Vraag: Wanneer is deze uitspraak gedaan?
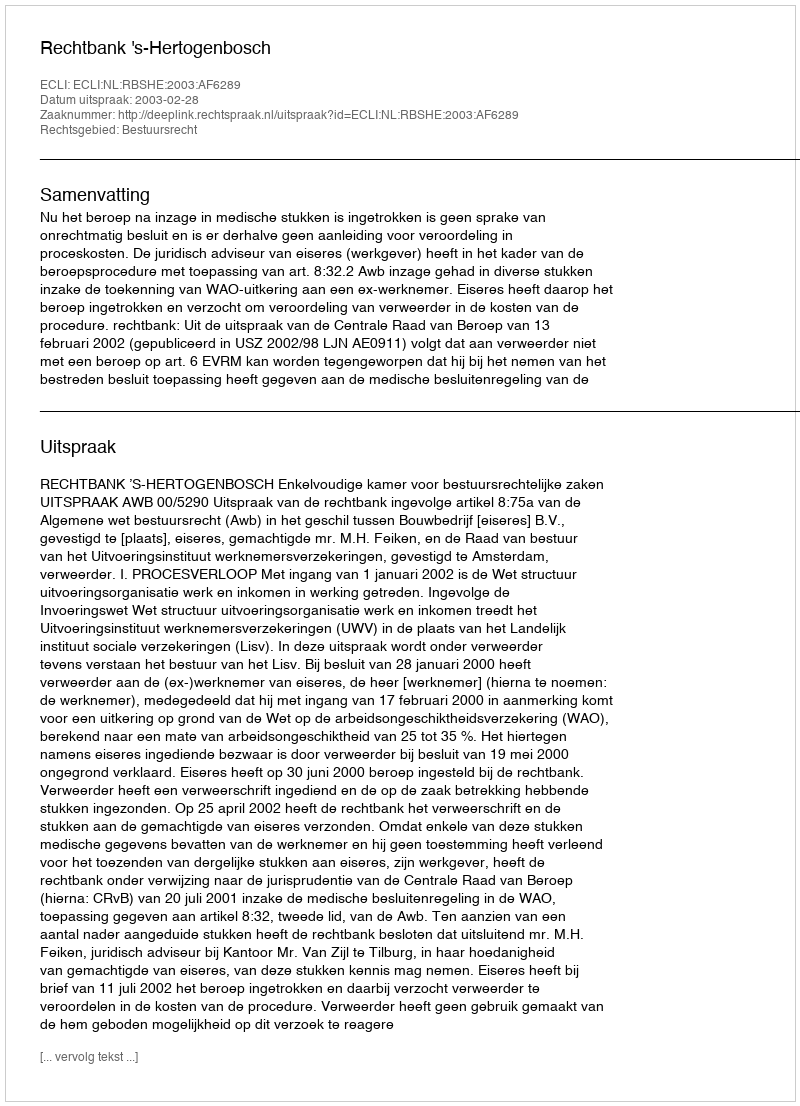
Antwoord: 2003-02-28